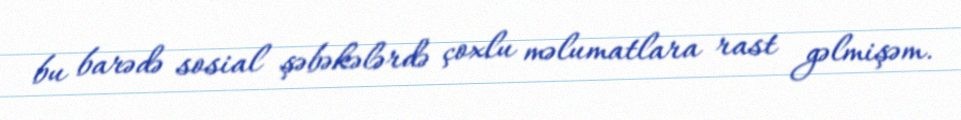
bu barədə sosial şəbəkələrdə çoxlu məlumatlara rast gəlmişəm.